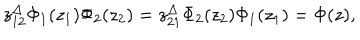
z _ { 1 2 } ^ { \Delta } { \Phi _ { 1 } ( z _ { 1 } ) } { \Phi _ { 2 } ( z _ { 2 } ) } = z _ { 2 1 } ^ { \Delta } { \Phi _ { 2 } ( z _ { 2 } ) } { \Phi _ { 1 } ( z _ { 1 } ) } = \Phi ( z ) ,